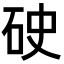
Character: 𥑏